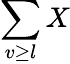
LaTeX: \sum\limits_{v\geq l}X